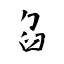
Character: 臽